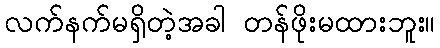
လက်နက်မရှိတဲ့အခါ တန်ဖိုးမထားဘူး။